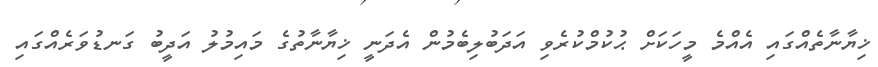
ޚިޔާނާތެއްގައި އެއްމެ މީހަކަށް ޙުކުމްކުރެވި އަދަބުލިބެމުން އެދަނީ ޚިޔާނާތުގެ މައިމުލު އަދީބު ގަނޑުވަރެއްގައި